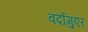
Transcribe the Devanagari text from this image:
वर्दागुएर